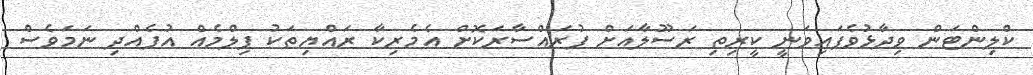
ކްލިންޓަން ވިދާޅުވެފައިވަނީ ކީރިތި ރަސޫލާއަށް ފުރައްސާރަކޮށް އެމެރިކާ ރައްޔިތަކު ފިލްމެއް އުފެއްދި ނަމަވެސް